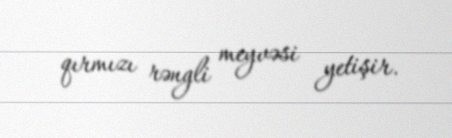
qırmızı rəngli meyvəsi yetişir.